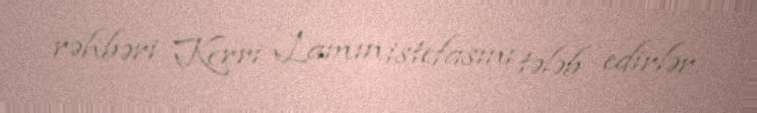
rəhbəri Kerri Lamın istefasını tələb edirlər.